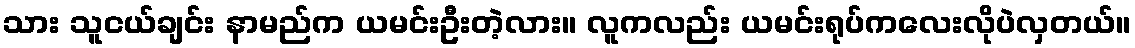
သား သူငယ်ချင်း နာမည်က ယမင်းဦးတဲ့လား။ လူကလည်း ယမင်းရုပ်ကလေးလိုပဲလှတယ်။